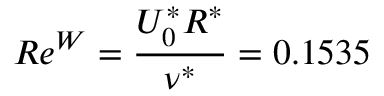
R e ^ { W } = \frac { U _ { 0 } ^ { * } R ^ { * } } { \nu ^ { * } } = 0 . 1 5 3 5